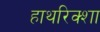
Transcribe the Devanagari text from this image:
हाथरिक्शा